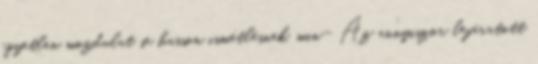
egyetlen mozdulat se hasson ismétlésnek, min- Az annyiszor lejáratott